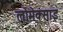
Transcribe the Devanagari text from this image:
लोमेक्साइ